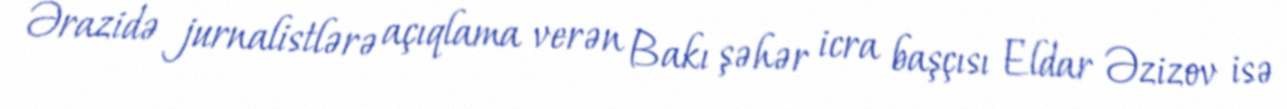
Ərazidə jurnalistlərə açıqlama verən Bakı şəhər icra başçısı Eldar Əzizov isə